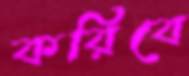
করিবে